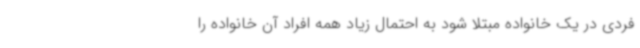
فردی در یک خانواده مبتلا شود به احتمال زیاد همه افراد آن خانواده را